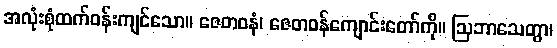
အလုံးစုံထက်ဝန်းကျင်သော။ ဇေတဝနံ၊ ဇေတဝန်ကျောင်းတော်ကို။ ဩဘာသေတွာ၊